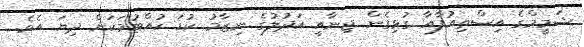
ޝަމީމްގެ އިސްތިއުފާއާ ގުޅިގެން ޖިނާއީ އަދުލުގެ ނިޒާމު ކުޑަ ހުއްޓުމަކަށް ދިޔަ އެވެ.